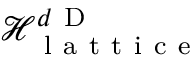
\mathcal { H } _ { \mathrm { ~ l ~ a ~ t ~ t ~ i ~ c ~ e ~ } } ^ { d \mathrm { ~ D ~ } }